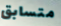
متسابق